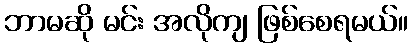
ဘာမဆို မင်း အလိုကျ ဖြစ်စေရမယ်။